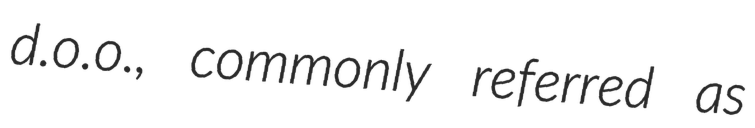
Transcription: d.o.o., commonly referred as